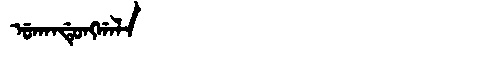
Manchu: ᡠᡴᠠᠨᡩᡠᠩᡤᠠᠯᠠ
Romanization: UKANDUNGGALA